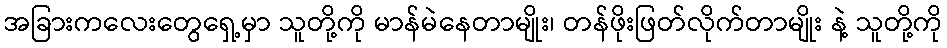
အခြားကလေးတွေရှေ့မှာ သူတို့ကို မာန်မဲနေတာမျိုး၊ တန်ဖိုးဖြတ်လိုက်တာမျိုး နဲ့ သူတို့ကို